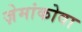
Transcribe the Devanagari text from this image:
ज़ेमांकोवा